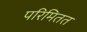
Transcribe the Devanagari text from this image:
परिमितत